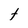
Character: t